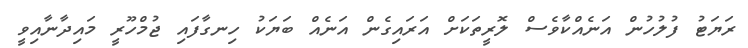
ރަޔަޓު ފުލުހުން އަނެއްކާވެސް ލޮރީތަކަށް އަރައިގެން އަނެއް ބަޔަކު ހިނގާފައި ޖުމްހޫރީ މައިދާނާއިވީ